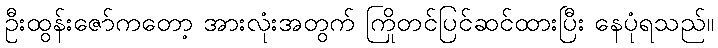
ဦးထွန်းဇော်ကတော့ အားလုံးအတွက် ကြိုတင်ပြင်ဆင်ထားပြီး နေပုံရသည်။